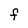
Character: F